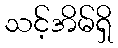
သင့်အိမ်ရှိ